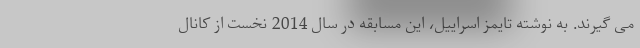
می گیرند. به نوشته تایمز اسراییل، این مسابقه در سال 2014 نخست از کانال